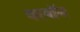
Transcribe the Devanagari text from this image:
बरबॉन